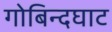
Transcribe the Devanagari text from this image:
गोबिन्दघाट